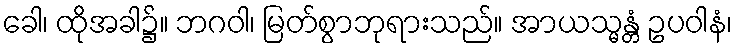
ခေါ၊ ထိုအခါ၌။ ဘဂဝါ၊ မြတ်စွာဘုရားသည်။ အာယသ္မန္တံ ဥပဝါနံ၊